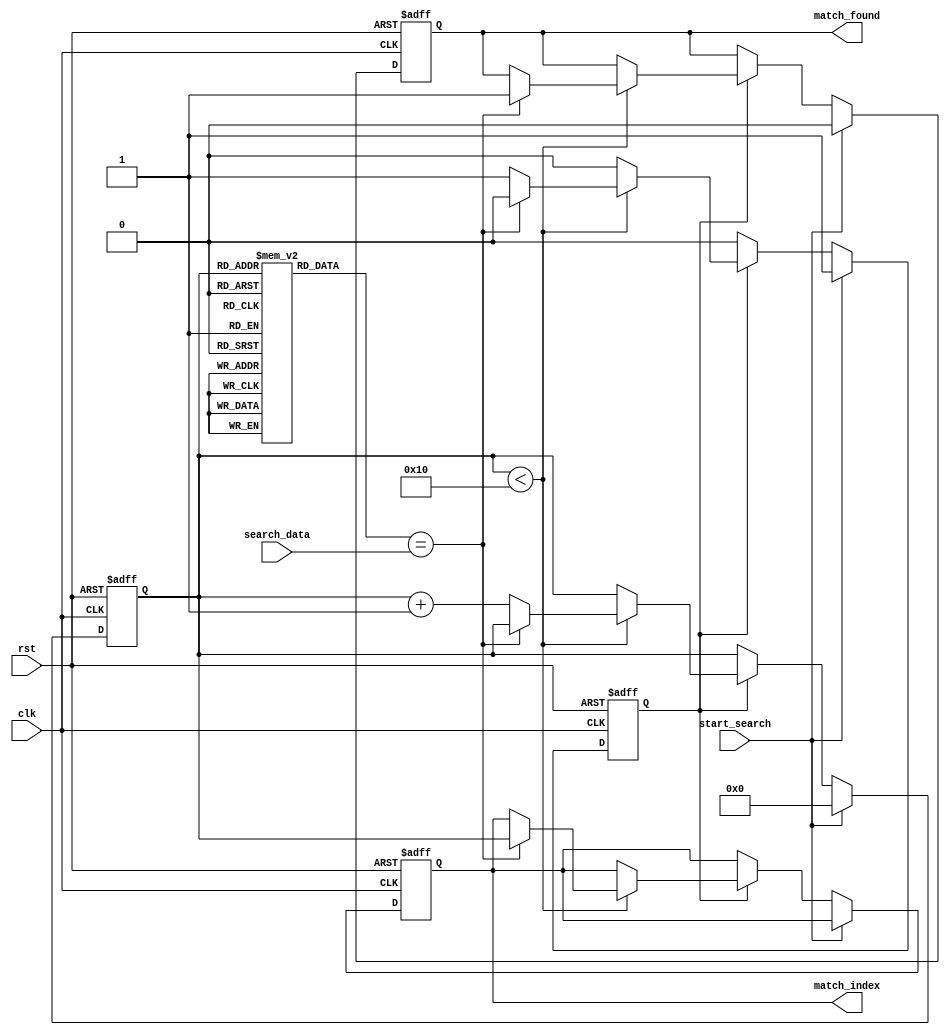
module sequential_cam #(
    parameter N = 16, // Number of entries
    parameter W = 8   // Width of each entry
)(
    input wire clk,               // Clock input
    input wire rst,               // Reset signal
    input wire [W-1:0] search_data, // Input data to search
    input wire start_search,      // Signal to start search operation
    output reg match_found,       // Match status signal
    output reg [clog2(N)-1:0] match_index // Index of matching entry
);

// Memory array to store CAM entries
reg [W-1:0] memory [0:N-1];

// Internal signals
reg [clog2(N)-1:0] current_index; // Current index for sequential search
reg searching;                     // Flag to indicate if searching is in progress

// Function to calculate log base 2
function integer clog2;
    input integer value;
    begin
        value = value - 1;
        for (clog2 = 0; value > 0; clog2 = clog2 + 1)
            value = value >> 1;
    end
endfunction

// Reset and initialization
always @(posedge clk or posedge rst) begin
    if (rst) begin
        match_found <= 0;
        match_index <= 0;
        current_index <= 0;
        searching <= 0;
    end else if (start_search) begin
        searching <= 1;
        current_index <= 0;
        match_found <= 0;
    end else if (searching) begin
        if (current_index < N) begin
            // Compare search_data with memory entry
            if (memory[current_index] == search_data) begin
                match_found <= 1;
                match_index <= current_index;
                searching <= 0; // Stop searching once a match is found
            end else begin
                current_index <= current_index + 1; // Move to next entry
            end
        end else begin
            searching <= 0; // End searching if no match is found
        end
    end
end

// Initialize memory (for demonstration purposes)
initial begin
    // Example initialization of memory entries
    memory[0] = 8'hAA;
    memory[1] = 8'hBB;
    memory[2] = 8'hCC;
    memory[3] = 8'hDD;
    memory[4] = 8'hEE;
    memory[5] = 8'hFF;
    memory[6] = 8'h00;
    memory[7] = 8'h11;
    memory[8] = 8'h22;
    memory[9] = 8'h33;
    memory[10] = 8'h44;
    memory[11] = 8'h55;
    memory[12] = 8'h66;
    memory[13] = 8'h77;
    memory[14] = 8'h88;
    memory[15] = 8'h99;
end

endmodule